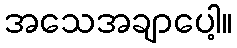
အသေအချာပေါ့။